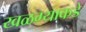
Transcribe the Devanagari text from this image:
खळग्याकडे